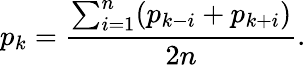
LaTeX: p_{k}={\frac{\sum_{i=1}^{n}({p_{k-i}+p_{k+i})}}{2n}}.